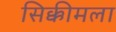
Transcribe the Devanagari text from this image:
सिक्कीमला